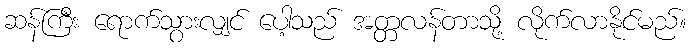
ဆန်ကြီး ရောက်သွားလျှင် ပေါ့သည် အတ္တလန်တာသို့ လိုက်လာနိုင်မည်။